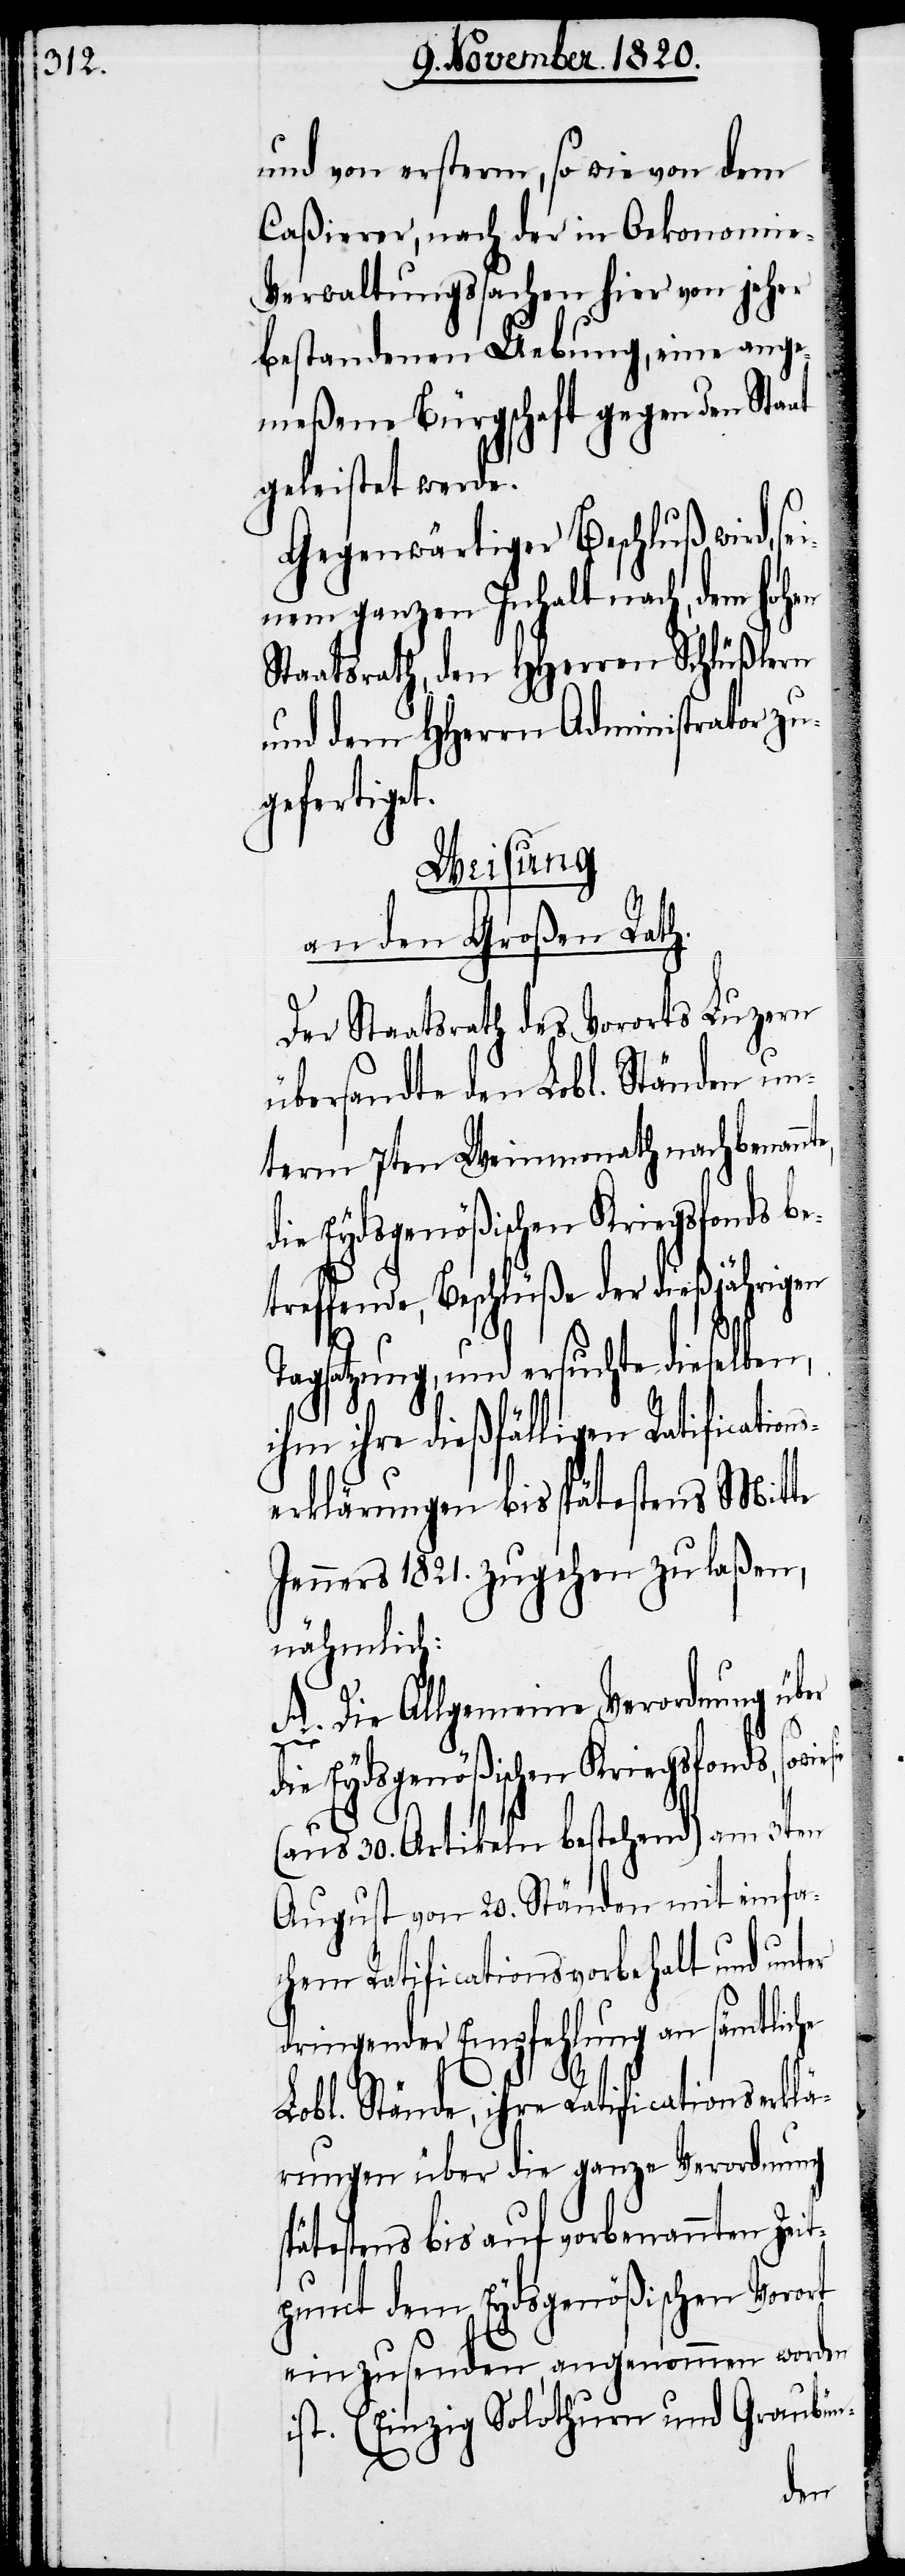
und von ersterm, so wie von dem
Caßierer, nach der in Oekonomi¬
e-Verwaltungssachen hier von jeher
bestandenen Uebung, eine ange¬
meßene Bürgschaft gegen den Sta¬
geleistet werde.
Gegenwärtiger Beschluß wird,
e,
inem ganzen Inhalt nach, dem
Staatsrath, den HHerren Schlüßlern
und dem HHerrn Administrator zu¬
gefertigt.
Weisung.
an den Großen Rath.
Der Staatsrath des Vororts Luzern
übersandte den Lobl. Ständen un¬
term 7ten Weimonath nachbenannt¬
die Eydsgenößischen Kriegsfonds be¬
treffende, Beschlüße der dießjährigen
Tagsatzung, und ersuchte dieselben,
ihm ihre dießfälligen Ratification¬
serklärungen bis spätestens Mitte
Jenners 1821. zugehen zu laßen,
nähmlich:
über
A. Die Allgemeine Verordnung
sowie sie
die Eydsgenößischen Kriegsfonds,
(aus 30. Artikeln bestehend) am 3ten
August von 20. Ständen mit einfa¬
chen Ratificationsvorbehalt und unter
dringender Empfehlung an sämtliche
Lobl. Stände, ihre Ratificationserklä¬
rungen über die ganze Verordnung
spätestens bis auf vorbenannten Zeit¬
punct dem Eydsgenößischen Vorort
einzusenden, angenommen worden
ist. (einzig Solothurn und Graubün-